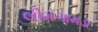
લીમગામડા